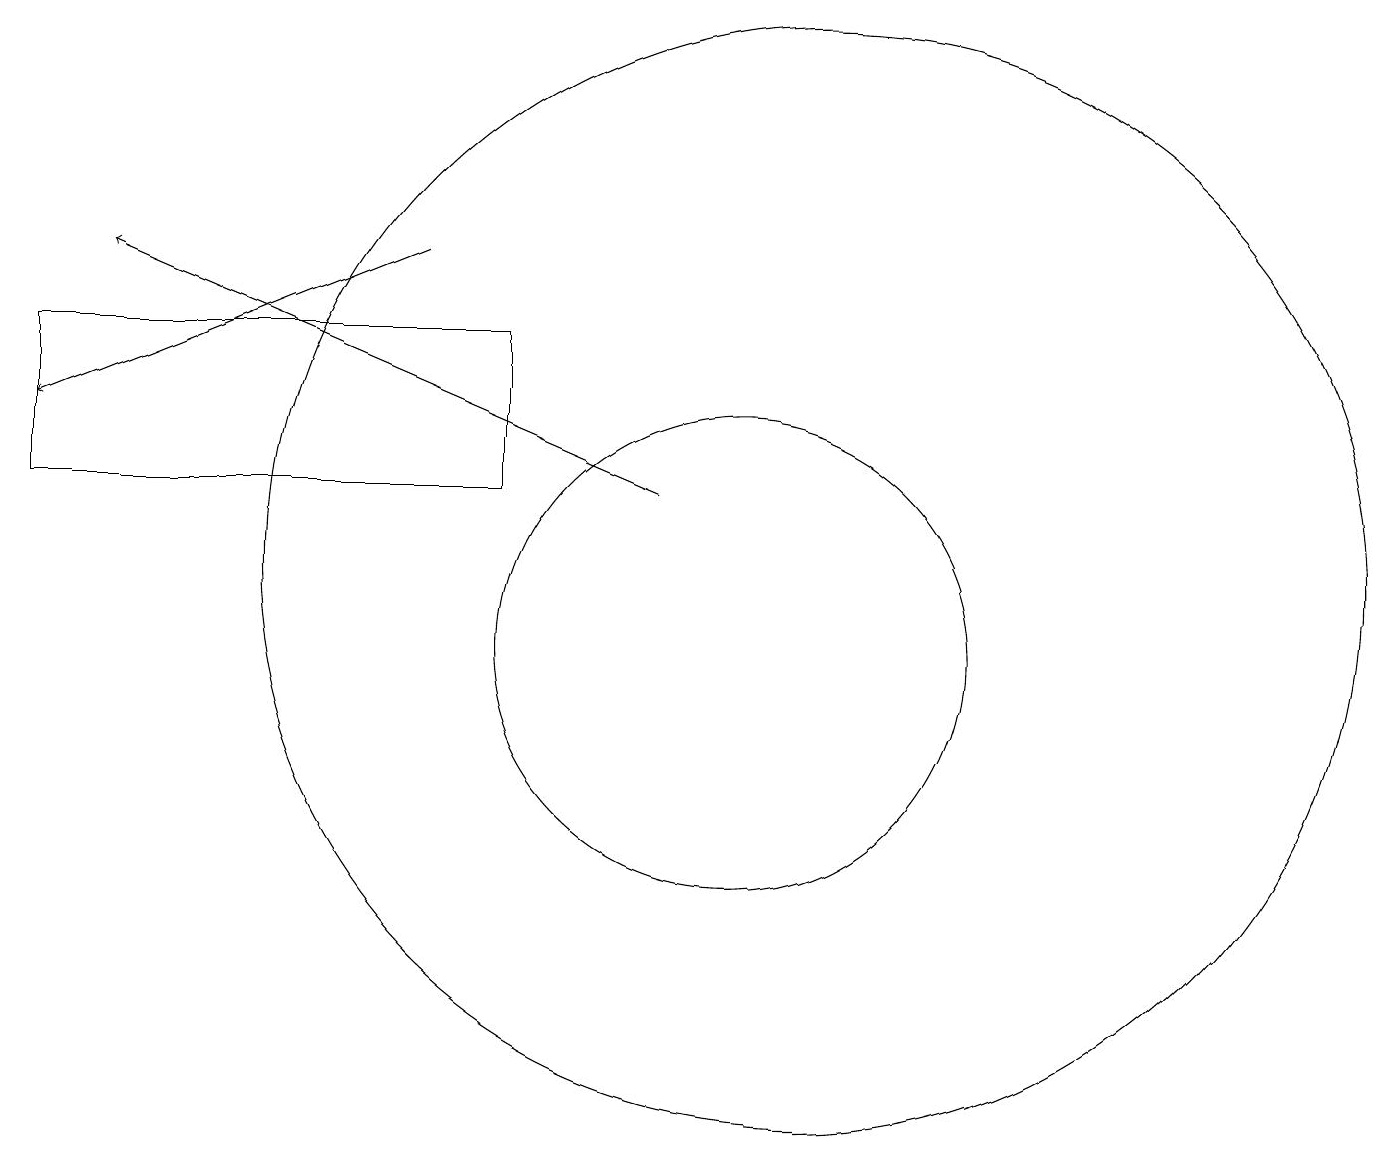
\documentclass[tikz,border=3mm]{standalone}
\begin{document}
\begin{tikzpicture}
\draw (10,11) circle (3);
\draw[->] (9,13) -- (2,16);
\draw[->] (6,16) -- (1,14);
\draw (1,15) rectangle (7,13);
\draw (11,12) circle (7);
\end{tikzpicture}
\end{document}